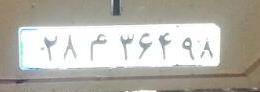
۲۸م۳۶۴۹۸